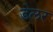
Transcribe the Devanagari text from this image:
डेलर